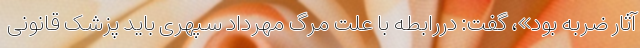
آثار ضربه بود»، گفت: دررابطه با علت مرگ مهرداد سپهری باید پزشک قانونی